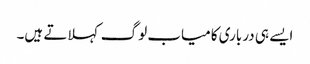
ایسے ہی درباری کامیاب لوگ کہلاتے ہیں۔